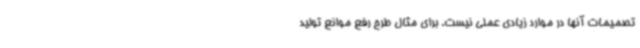
تصمیمات آنها در موارد زیادی عملی نیست. برای مثال طرح رفع موانع تولید